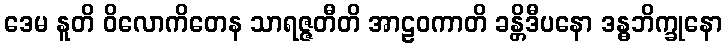
ဒေမ နူတိ ဝိလောကိတေန သာရဇ္ဇတီတိ အာဠဝကာတိ ခန္တိဒီပနော ဒန္ဓဘိက္ခုနော